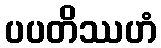
ပပတိဿဟံ